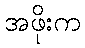
အဖိုးက